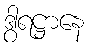
ဒွါရဋ္ဌာနေ